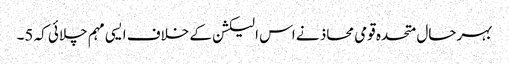
بہرحال متحدہ قومی محاذ نے اس الیکشن کے خلاف ایسی مہم چلائی کہ 5۔